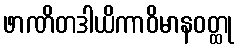
ဖာဏိတဒါယိကာဝိမာနဝတ္ထု